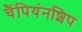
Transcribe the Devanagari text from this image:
चैंपियंनशिप